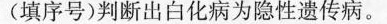
(填序号)判断出白化病为隐性遗传病。